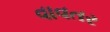
વાવતર